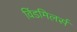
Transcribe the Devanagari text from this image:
विंडमिलर्स